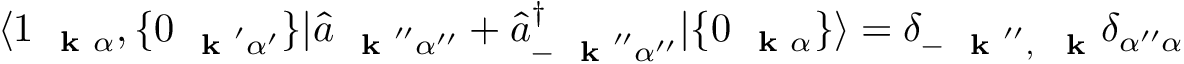
\langle 1 _ { \mathrm { ~ \bf ~ k ~ } \alpha } , \{ 0 _ { \mathrm { ~ \bf ~ k ~ } ^ { \prime } \alpha ^ { \prime } } \} | \hat { a } _ { \mathrm { ~ \bf ~ k ~ } ^ { \prime \prime } \alpha ^ { \prime \prime } } + \hat { a } _ { - \mathrm { ~ \bf ~ k ~ } ^ { \prime \prime } \alpha ^ { \prime \prime } } ^ { \dagger } | \{ 0 _ { \mathrm { ~ \bf ~ k ~ } \alpha } \} \rangle = \delta _ { - \mathrm { ~ \bf ~ k ~ } ^ { \prime \prime } , \, \mathrm { ~ \bf ~ k ~ } } \delta _ { \alpha ^ { \prime \prime } \alpha }